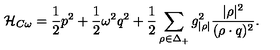
{ \cal H } _ { C \omega } = { \frac { 1 } { 2 } } p ^ { 2 } + { \frac { 1 } { 2 } } \omega ^ { 2 } q ^ { 2 } + { \frac { 1 } { 2 } } \sum _ { \rho \in \Delta _ { + } } { g _ { | \rho | } ^ { 2 } } { \frac { | \rho | ^ { 2 } } { ( \rho \cdot q ) ^ { 2 } } } .